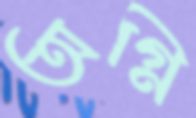
অগ্নি